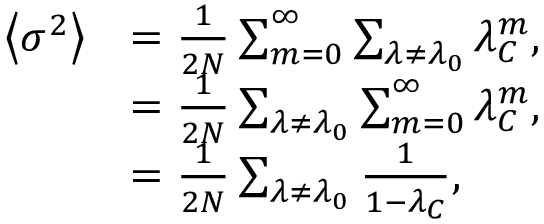
\begin{array} { r l } { \left\langle \sigma ^ { 2 } \right\rangle } & { = \frac { 1 } { 2 N } \sum _ { m = 0 } ^ { \infty } \sum _ { \lambda \neq \lambda _ { 0 } } { \lambda _ { C } ^ { m } } , } \\ & { = \frac { 1 } { 2 N } \sum _ { \lambda \neq \lambda _ { 0 } } \sum _ { m = 0 } ^ { \infty } { \lambda _ { C } ^ { m } } , } \\ & { = \frac { 1 } { 2 N } \sum _ { \lambda \neq \lambda _ { 0 } } \frac { 1 } { 1 - \lambda _ { C } } , } \end{array}